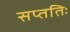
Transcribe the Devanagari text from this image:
सप्ततिः